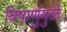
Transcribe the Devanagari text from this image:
विषाणुंमुळे